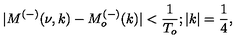
| M ^ { ( - ) } ( \nu , k ) - M _ { o } ^ { ( - ) } ( k ) | < \frac { 1 } { T _ { o } } ; | k | = \frac { 1 } { 4 } ,